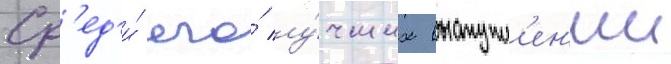
Ср'ед'и́ его́ лу́чших выступл'ен'ии